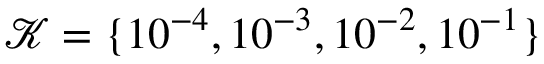
\mathcal { K } = \{ 1 0 ^ { - 4 } , 1 0 ^ { - 3 } , 1 0 ^ { - 2 } , 1 0 ^ { - 1 } \}